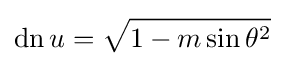
\operatorname {dn} {u}={\sqrt {1-m\sin {\theta }^{2}}}